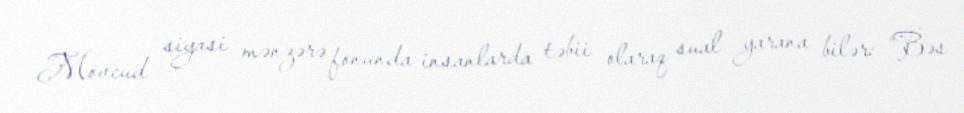
Mövcud siyasi mənzərə fonunda insanlarda təbii olaraq sual yarana bilər: “Bəs